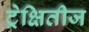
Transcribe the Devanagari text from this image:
ट्रेक्षितीज